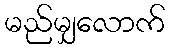
မည်မျှလောက်